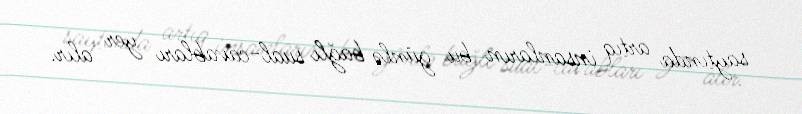
saytında artıq insanların bu günlə bağlı sual-cavabları yer alır.